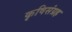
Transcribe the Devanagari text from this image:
कृषिसंग्रह